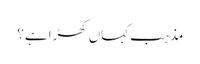
مذہب کہاں کھڑا ہے؟